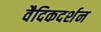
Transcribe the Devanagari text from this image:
वैदिकदर्शन